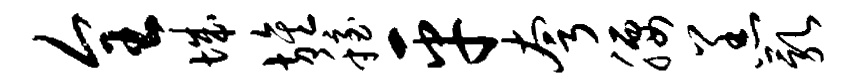
全城旌稳平夸腰羔乳